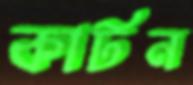
কার্টন